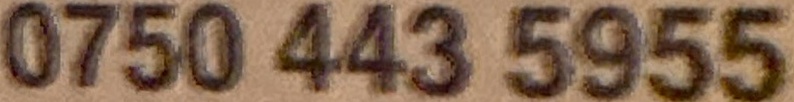
0750 443 5955